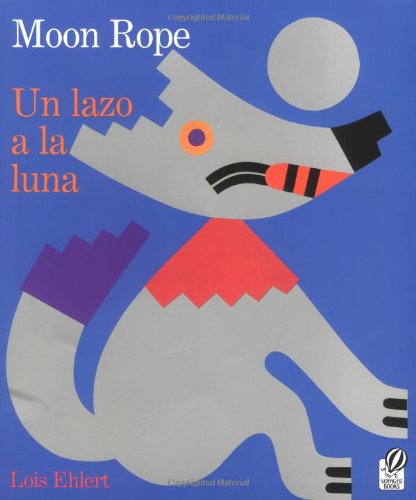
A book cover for Moon Rope/Un lazo a la luna; Lois Ehlert; Children's Books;